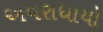
અવરાધાયો